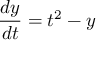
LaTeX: { \frac { d y } { d t } } = t ^ { 2 } - y